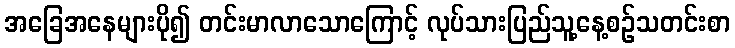
အခြေအနေများပို၍ တင်းမာလာသောကြောင့် လုပ်သားပြည်သူ့နေ့စဉ်သတင်းစာ